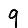
Digit: 9